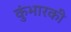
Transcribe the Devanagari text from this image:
कुंभारकी